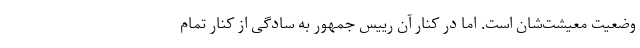
وضعیت معیشت‌شان است. اما در کنار آن رییس جمهور به سادگی از کنار تمام